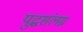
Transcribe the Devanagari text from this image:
युद्धसंलग्न